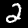
Label: 2